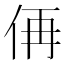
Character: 侢